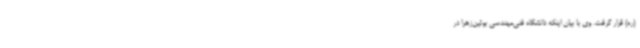
(ره) قرار گرفت. وی با بیان اینکه دانشگاه فنی‌مهندسی بوئین‌زهرا در